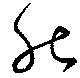
能